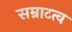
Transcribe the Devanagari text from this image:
सम्राटत्व